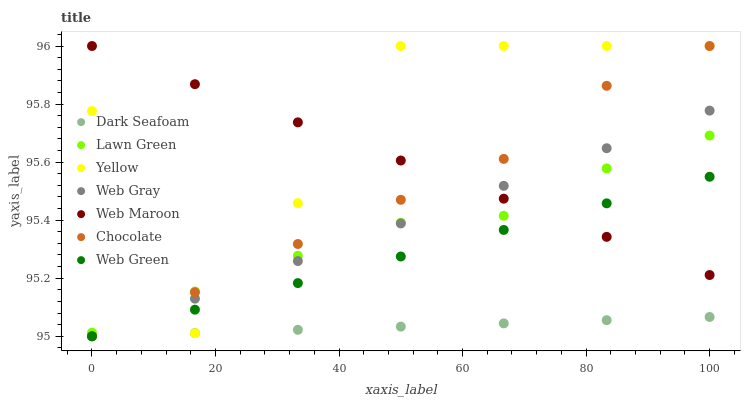
| xaxis_label | Dark Seafoam | Lawn Green | Yellow | Web Gray | Web Maroon | Chocolate | Web Green |
 | --- | --- | --- | --- | --- | --- | --- | --- |
 | 0 | 95 | 95 | 95.8 | 95 | 96 | 95 | 95 |
 | 16.7 | 95 | 95.2 | 95 | 95.1 | 95.9 | 95.2 | 95.1 |
 | 33.3 | 95 | 95.3 | 95.5 | 95.3 | 95.7 | 95.3 | 95.2 |
 | 50 | 95 | 95.4 | 96 | 95.4 | 95.6 | 95.5 | 95.3 |
 | 66.7 | 95 | 95.4 | 96 | 95.5 | 95.5 | 95.6 | 95.4 |
 | 83.3 | 95.1 | 95.6 | 96 | 95.6 | 95.3 | 95.9 | 95.5 |
 | 100 | 95.1 | 95.7 | 96 | 95.8 | 95.2 | 96 | 95.5 |